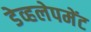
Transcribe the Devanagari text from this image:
डेव्हलेपमेंट